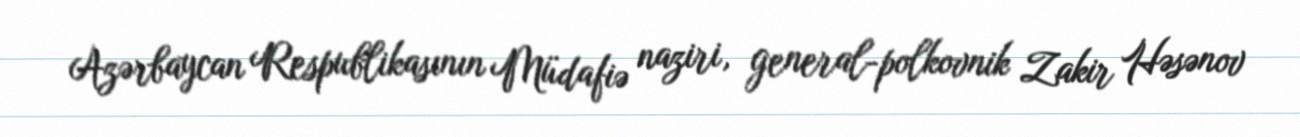
Azərbaycan Respublikasının Müdafiə naziri, general-polkovnik Zakir Həsənov